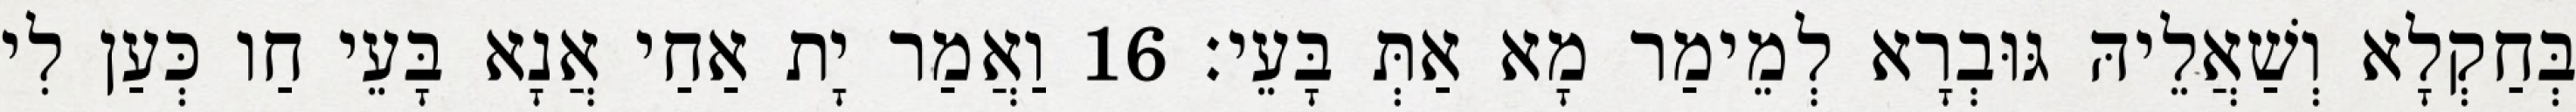
בְּחַקְלָא וְשַׁאֲלֵיהּ גּוּבְרָא לְמֵימַר מָא אַתְּ בָּעֵי׃ 16 וַאֲמַר יָת אַחַי אֲנָא בָּעֵי חַו כְּעַן לִי